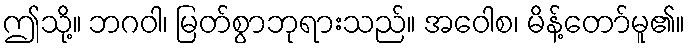
ဤသို့။ ဘဂဝါ၊ မြတ်စွာဘုရားသည်။ အဝေါစ၊ မိန့်တော်မူ၏။